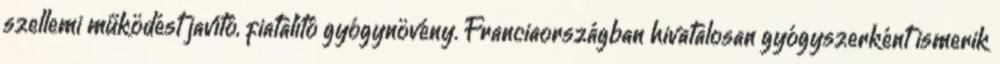
szellemi működést javító, fiatalító gyógynövény. Franciaországban hivatalosan gyógyszerként ismerik